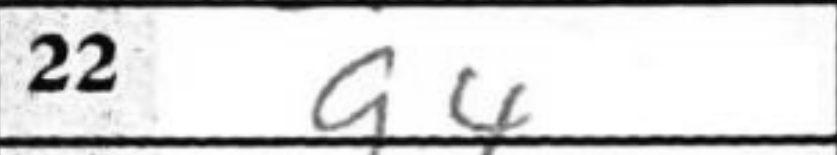
Transcription: g4